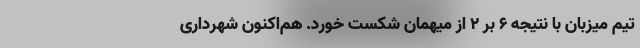
تیم میزبان با نتیجه ۶ بر ۲ از میهمان شکست خورد. هم‌اکنون شهرداری